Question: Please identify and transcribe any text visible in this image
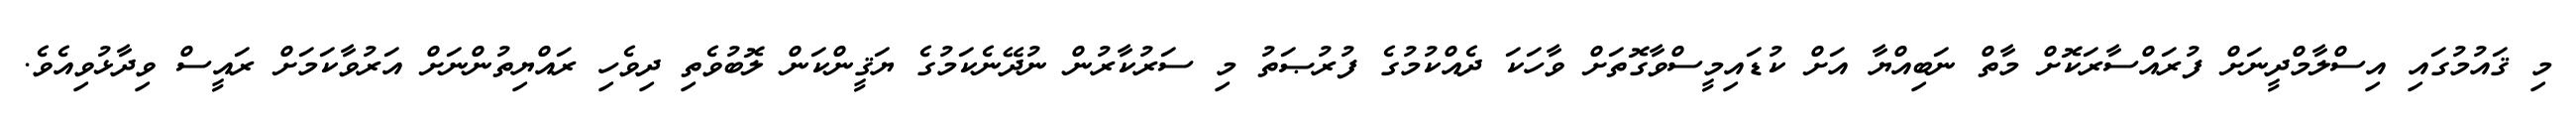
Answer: މި ޤައުމުގައި އިސްލާމްދީނަށް ފުރައްސާރަކޮށް މާތް ނަބިއްޔާ އަށް ކުޑައިމީސްވާގޮތަށް ވާހަކަ ދެއްކުމުގެ ފުރުޞަތު މި ސަރުކާރުން ނުދޭނެކަމުގެ ޔަޤީންކަން ލޮބުވެތި ދިވެހި ރައްޔިތުންނަށް އަރުވާކަމަށް ރައީސް ވިދާޅުވިއެވެ.